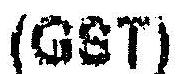
(GST)